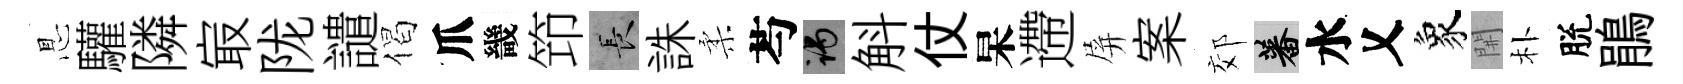
㤙驩隣㝡陇譴偈爪畿笻长誅柔芍谒斛仗杲遰屏案郊蕃水乂象𨳩朴脫鵑